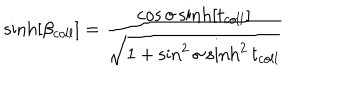
\sinh [ \beta _ { c o l l } ] = \frac { \cos \sigma \sinh [ t _ { c o l l } ] } { \sqrt { 1 + \sin ^ { 2 } \sigma \sinh ^ { 2 } t _ { c o l l } } }